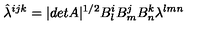
\hat { \lambda } ^ { i j k } = | d e t A | ^ { 1 / 2 } B _ { l } ^ { i } B _ { m } ^ { j } B _ { n } ^ { k } \lambda ^ { l m n }